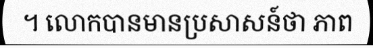
។ លោកបានមានប្រសាសន៍ថា ភាព